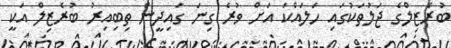
ބުރެޒިލްގެ ޖަލުތަކުގައި ހަލައްކަ އަށް ވުރެ ގިނަ ގައިދީން ތިބިއިރު ބުރެޒިލް އަކީ